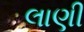
લાણી